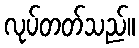
လုပ်တတ်သည်။